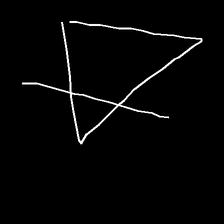
Glyph: empower